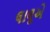
લાલૂએ